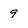
Character: q